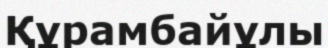
Құрамбайұлы